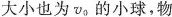
大小也为v_{0}的小球，物